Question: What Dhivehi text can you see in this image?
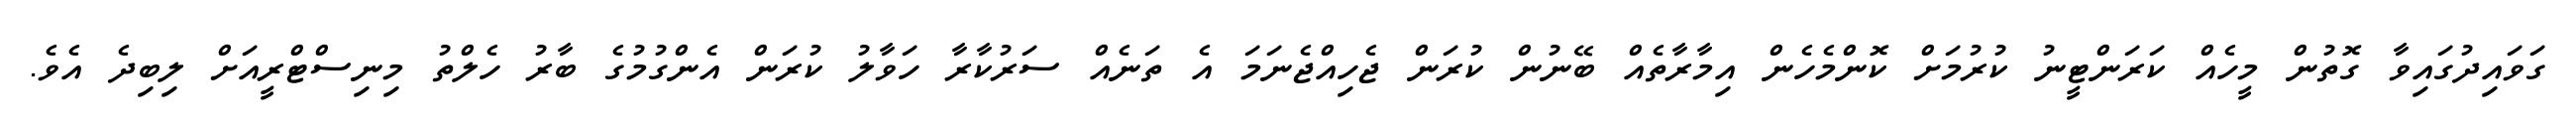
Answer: ގަވައިދުގައިވާ ގޮތުން މީހެއް ކަރަންޓީނު ކުރުމަށް ކޮންމެހެން އިމާރާތެއް ބޭނުން ކުރަން ޖެހިއްޖެނަމަ އެ ތަނެއް ސަރުކާރާ ހަވާލު ކުރަން އެންގުމުގެ ބާރު ހެލްތު މިނިސްޓްރީއަށް ލިބިދެ އެވެ.